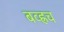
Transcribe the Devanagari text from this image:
बव्ह्रच